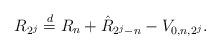
LaTeX: \begin{align*}R_{2^j} \stackrel{d}{=} R_n + \hat{R}_{2^j-n} - V_{0,n,2^j}.\end{align*}